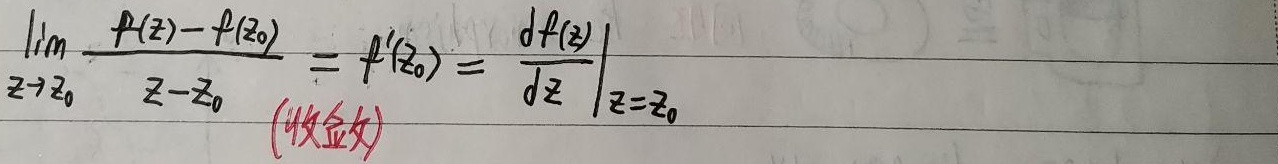
\(\lim_{z\to z_0}\frac{f(z)-f(z_0)}{z - z_0}=f'(z_0)=\left.\frac{\mathrm{d}f(z)}{\mathrm{d}z}\right|_{z = z_0}\quad\text{(收敛)}\)